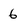
Character: 6